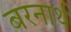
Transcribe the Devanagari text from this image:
बरनार्थ